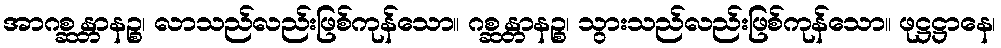
အာဂစ္ဆန္တာနဉ္စ၊ လာသည်လည်းဖြစ်ကုန်သော။ ဂစ္ဆန္တာနဉ္စ၊ သွားသည်လည်းဖြစ်ကုန်သော။ ဖုဋ္ဌဋ္ဌာနေ၊